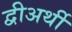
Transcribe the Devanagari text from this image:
द्वीअर्थी